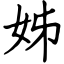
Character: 姊